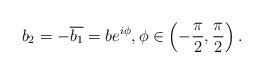
LaTeX: \begin{align*}b_2 = -\overline{b_1}=be^{i\phi},\phi\in\left(-\frac{\pi}{2},\frac{\pi}{2}\right).\end{align*}